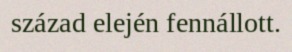
század elején fennállott.